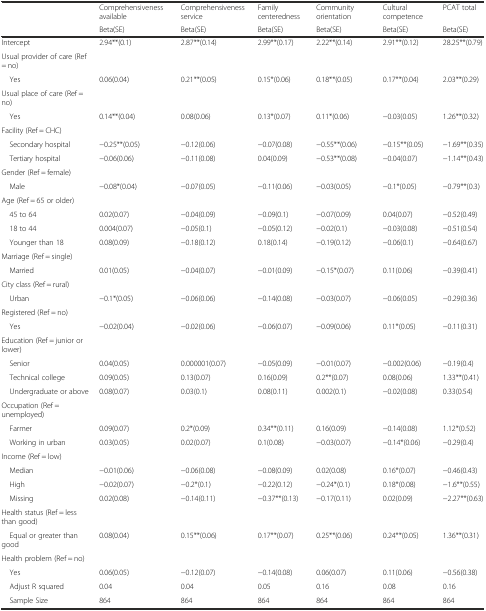
<table><thead><tr><td></td><td><b>Comprehensiveness available</b></td><td><b>Comprehensiveness service</b></td><td><b>Family centeredness</b></td><td><b>Community orientation</b></td><td><b>Cultural competence</b></td><td><b>PCAT total</b></td></tr><tr><td></td><td><b>Beta(SE)</b></td><td><b>Beta(SE)</b></td><td><b>Beta(SE)</b></td><td><b>Beta(SE)</b></td><td><b>Beta(SE)</b></td><td><b>Beta(SE)</b></td></tr></thead><tbody><tr><td>Intercept</td><td>2.94**(0.1)</td><td>2.87**(0.14)</td><td>2.99**(0.17)</td><td>2.22**(0.14)</td><td>2.91**(0.12)</td><td>28.25**(0.79)</td></tr><tr><td>Usual provider of care (Ref = no)</td><td></td><td></td><td></td><td></td><td></td><td></td></tr><tr><td> Yes</td><td>0.06(0.04)</td><td>0.21**(0.05)</td><td>0.15*(0.06)</td><td>0.18**(0.05)</td><td>0.17**(0.04)</td><td>2.03**(0.29)</td></tr><tr><td>Usual place of care (Ref = no)</td><td></td><td></td><td></td><td></td><td></td><td></td></tr><tr><td> Yes</td><td>0.14**(0.04)</td><td>0.08(0.06)</td><td>0.13*(0.07)</td><td>0.11*(0.06)</td><td>−0.03(0.05)</td><td>1.26**(0.32)</td></tr><tr><td>Facility (Ref = CHC)</td><td></td><td></td><td></td><td></td><td></td><td></td></tr><tr><td> Secondary hospital</td><td>−0.25**(0.05)</td><td>−0.12(0.06)</td><td>−0.07(0.08)</td><td>−0.55**(0.06)</td><td>−0.15**(0.05)</td><td>−1.69**(0.35)</td></tr><tr><td> Tertiary hospital</td><td>−0.06(0.06)</td><td>−0.11(0.08)</td><td>0.04(0.09)</td><td>−0.53**(0.08)</td><td>−0.04(0.07)</td><td>−1.14**(0.43)</td></tr><tr><td>Gender (Ref = female)</td><td></td><td></td><td></td><td></td><td></td><td></td></tr><tr><td> Male</td><td>−0.08*(0.04)</td><td>−0.07(0.05)</td><td>−0.11(0.06)</td><td>−0.03(0.05)</td><td>−0.1*(0.05)</td><td>−0.79**(0.3)</td></tr><tr><td>Age (Ref = 65 or older)</td><td></td><td></td><td></td><td></td><td></td><td></td></tr><tr><td> 45 to 64</td><td>0.02(0.07)</td><td>−0.04(0.09)</td><td>−0.09(0.1)</td><td>−0.07(0.09)</td><td>0.04(0.07)</td><td>−0.52(0.49)</td></tr><tr><td> 18 to 44</td><td>0.004(0.07)</td><td>−0.05(0.1)</td><td>−0.05(0.12)</td><td>−0.02(0.1)</td><td>−0.03(0.08)</td><td>−0.51(0.54)</td></tr><tr><td> Younger than 18</td><td>0.08(0.09)</td><td>−0.18(0.12)</td><td>0.18(0.14)</td><td>−0.19(0.12)</td><td>−0.06(0.1)</td><td>−0.64(0.67)</td></tr><tr><td>Marriage (Ref = single)</td><td></td><td></td><td></td><td></td><td></td><td></td></tr><tr><td> Married</td><td>0.01(0.05)</td><td>−0.04(0.07)</td><td>−0.01(0.09)</td><td>−0.15*(0.07)</td><td>0.11(0.06)</td><td>−0.39(0.41)</td></tr><tr><td>City class (Ref = rural)</td><td></td><td></td><td></td><td></td><td></td><td></td></tr><tr><td> Urban</td><td>−0.1*(0.05)</td><td>−0.06(0.06)</td><td>−0.14(0.08)</td><td>−0.03(0.07)</td><td>−0.06(0.05)</td><td>−0.29(0.36)</td></tr><tr><td>Registered (Ref = no)</td><td></td><td></td><td></td><td></td><td></td><td></td></tr><tr><td> Yes</td><td>−0.02(0.04)</td><td>−0.02(0.06)</td><td>−0.06(0.07)</td><td>−0.09(0.06)</td><td>0.11*(0.05)</td><td>−0.11(0.31)</td></tr><tr><td>Education (Ref = junior or lower)</td><td></td><td></td><td></td><td></td><td></td><td></td></tr><tr><td> Senior</td><td>0.04(0.05)</td><td>0.000001(0.07)</td><td>−0.05(0.09)</td><td>−0.01(0.07)</td><td>−0.002(0.06)</td><td>−0.19(0.4)</td></tr><tr><td> Technical college</td><td>0.09(0.05)</td><td>0.13(0.07)</td><td>0.16(0.09)</td><td>0.2**(0.07)</td><td>0.08(0.06)</td><td>1.33**(0.41)</td></tr><tr><td> Undergraduate or above</td><td>0.08(0.07)</td><td>0.03(0.1)</td><td>0.08(0.11)</td><td>0.002(0.1)</td><td>−0.02(0.08)</td><td>0.33(0.54)</td></tr><tr><td>Occupation (Ref = unemployed)</td><td></td><td></td><td></td><td></td><td></td><td></td></tr><tr><td> Farmer</td><td>0.09(0.07)</td><td>0.2*(0.09)</td><td>0.34**(0.11)</td><td>0.16(0.09)</td><td>−0.14(0.08)</td><td>1.12*(0.52)</td></tr><tr><td> Working in urban</td><td>0.03(0.05)</td><td>0.02(0.07)</td><td>0.1(0.08)</td><td>−0.03(0.07)</td><td>−0.14*(0.06)</td><td>−0.29(0.4)</td></tr><tr><td>Income (Ref = low)</td><td></td><td></td><td></td><td></td><td></td><td></td></tr><tr><td> Median</td><td>−0.01(0.06)</td><td>−0.06(0.08)</td><td>−0.08(0.09)</td><td>0.02(0.08)</td><td>0.16*(0.07)</td><td>−0.46(0.43)</td></tr><tr><td> High</td><td>−0.02(0.07)</td><td>−0.2*(0.1)</td><td>−0.22(0.12)</td><td>−0.24*(0.1)</td><td>0.18*(0.08)</td><td>−1.6**(0.55)</td></tr><tr><td> Missing</td><td>0.02(0.08)</td><td>−0.14(0.11)</td><td>−0.37**(0.13)</td><td>−0.17(0.11)</td><td>0.02(0.09)</td><td>−2.27**(0.63)</td></tr><tr><td>Health status (Ref = less than good)</td><td></td><td></td><td></td><td></td><td></td><td></td></tr><tr><td> Equal or greater than good</td><td>0.08(0.04)</td><td>0.15**(0.06)</td><td>0.17**(0.07)</td><td>0.25**(0.06)</td><td>0.24**(0.05)</td><td>1.36**(0.31)</td></tr><tr><td>Health problem (Ref = no)</td><td></td><td></td><td></td><td></td><td></td><td></td></tr><tr><td> Yes</td><td>0.06(0.05)</td><td>−0.12(0.07)</td><td>−0.14(0.08)</td><td>0.06(0.07)</td><td>0.11(0.06)</td><td>−0.56(0.38)</td></tr><tr><td> Adjust R squared</td><td>0.04</td><td>0.04</td><td>0.05</td><td>0.16</td><td>0.08</td><td>0.16</td></tr><tr><td> Sample Size</td><td>864</td><td>864</td><td>864</td><td>864</td><td>864</td><td>864</td></tr></tbody></table>